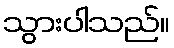
သွားပါသည်။